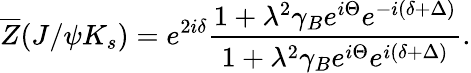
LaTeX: \overline{{{Z}}}(J/{\psi}K_{s})=e^{2i{\delta}}\frac{1+{\lambda}^{2}{\gamma}_{B}e^{i{\Theta}}e^{-i({\delta}+{\Delta})}}{1+{\lambda}^{2}{\gamma}_{B}e^{i{\Theta}}e^{i({\delta}+{\Delta})}}.